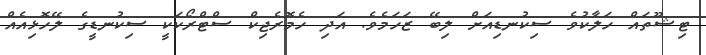
ޓިޝޫތައް ހަލާކުވެ ސިކުނޑިއަށް ލިބޭ ޒަހަމެވެ. އަދި ހެމޮރެޖިކް ސްޓްރޯކަކީ ސިކުނޑީގެ ލޭހޮޅިއެއް